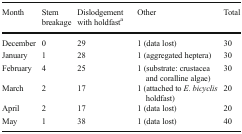
<table><thead><tr><td><b>Month</b></td><td><b>Stem breakage</b></td><td><b>Dislodgement with holdfast<sup>a</sup></b></td><td><b>Other</b></td><td><b>Total</b></td></tr></thead><tbody><tr><td>December</td><td>0</td><td>29</td><td>1 (data lost)</td><td>30</td></tr><tr><td>January</td><td>1</td><td>28</td><td>1 (aggregated heptera)</td><td>30</td></tr><tr><td>February</td><td>4</td><td>25</td><td>1 (substrate: crustacea and coralline algae)</td><td>30</td></tr><tr><td>March</td><td>2</td><td>17</td><td>1 (attached to <i>E. bicyclis</i> holdfast)</td><td>20</td></tr><tr><td>April</td><td>2</td><td>17</td><td>1 (data lost)</td><td>20</td></tr><tr><td>May</td><td>1</td><td>38</td><td>1 (data lost)</td><td>40</td></tr></tbody></table>